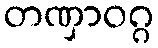
တဏှာဝဂ္ဂ